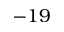
- 1 9